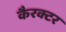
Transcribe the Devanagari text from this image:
कैरक्टर